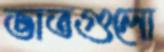
ভাতগুলো